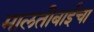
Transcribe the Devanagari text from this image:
मालतीबाईंचा